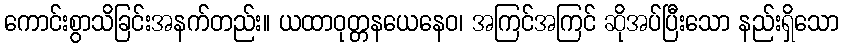
ကောင်းစွာသိခြင်းအနက်တည်း။ ယထာဝုတ္တနယေနေဝ၊ အကြင်အကြင် ဆိုအပ်ပြီးသော နည်းရှိသော